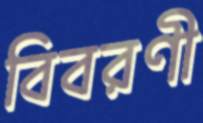
বিবরণী